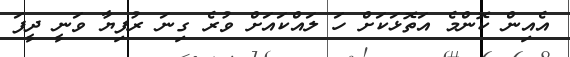
އެއިން ކޮންމެ އަތޮޅަކަށް ހަ ލައްކައަށް ވުރެ ގިނަ ރުފިޔާ ވަނީ ދީފަ